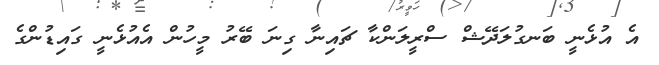
އެ އުޅެނީ ބަނގުލަދޭޝް ސްރީލަންކާ ޗައިނާ ގިނަ ބޭރު މީހުން އެއުޅެނީ ގައިޑުންގެ